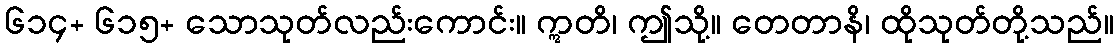
၆၁၄+ ၆၁၅+ သောသုတ်လည်းကောင်း။ ဣတိ၊ ဤသို့။ တေတာနိ၊ ထိုသုတ်တို့သည်။